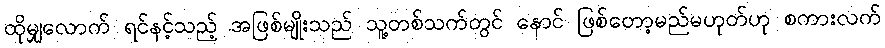
ထိုမျှလောက် ရင်နင့်သည့် အဖြစ်မျိုးသည် သူ့တစ်သက်တွင် နောင် ဖြစ်တော့မည်မဟုတ်ဟု စကားလက်